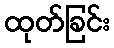
ထုတ်ခြင်း